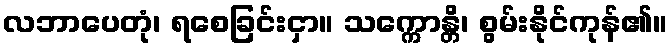
လဘာပေတုံ၊ ရစေခြင်းငှာ။ သက္ကောန္တိ၊ စွမ်းနိုင်ကုန်၏။